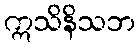
ဣသိနိသဘ